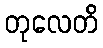
တုလေတိ